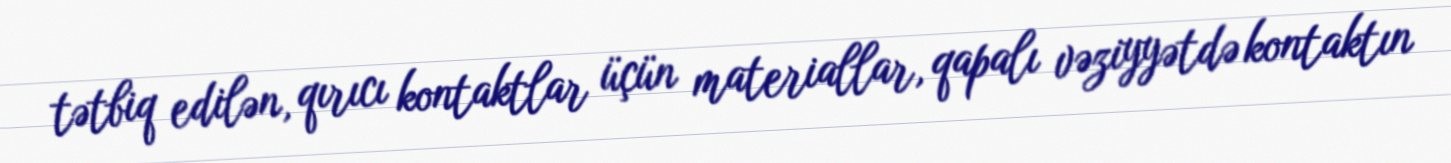
tətbiq edilən, qırıcı kontaktlar üçün materiallar, qapalı vəziyyətdə kontaktın